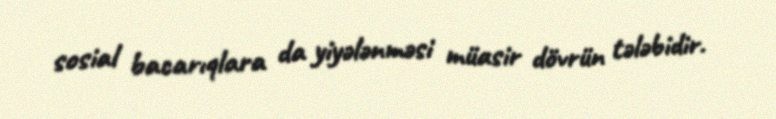
sosial bacarıqlara da yiyələnməsi müasir dövrün tələbidir.